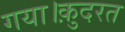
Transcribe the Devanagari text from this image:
गया।क़ुदरत